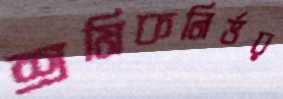
শ্রমিকনির্ভর